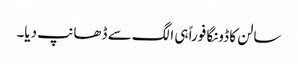
سالن کا ڈونگا فوراً ہی الگ سے ڈھانپ دیا۔